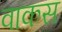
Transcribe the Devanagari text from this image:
वाकस